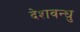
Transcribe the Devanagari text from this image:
देशवन्धु